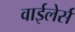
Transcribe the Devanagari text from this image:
वाईलेर्स